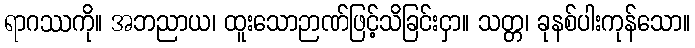
ရာဂဿကို။ အဘညာယ၊ ထူးသောဉာဏ်ဖြင့်သိခြင်းငှာ။ သတ္တ၊ ခုနစ်ပါးကုန်သော။